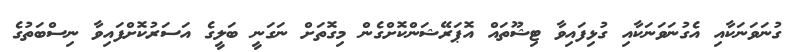
ގުނަވަނަކާއި އެގުނަވަނަކާއި ގުޅިފައިވާ ޓިޝޫތައް އޮޕަރޭޝަންކޮށްގެން މިގޮތަށް ނަގަނީ ބަލީގެ އަސަރުކޮށްފައިވާ ނިސްބަތުގެ